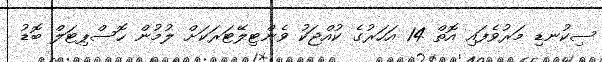
ސިކުނޑި މަރުވެފައި އޮތް 14 އަހަރުގެ ކުއްޖަކު ވެންޓިލޭޓަރަކަށް ލުމުން ހޮސްޕިޓަލް ބޮޑު